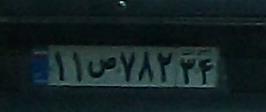
۱۱ص۷۸۲۳۴